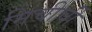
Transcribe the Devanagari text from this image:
मिचीर्ची